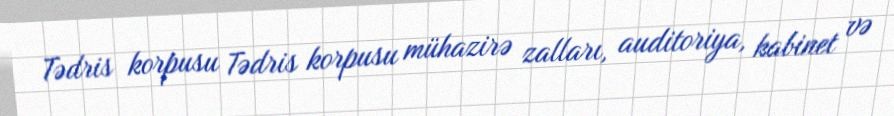
Tədris korpusu Tədris korpusu mühazirə zalları, auditoriya, kabinet və